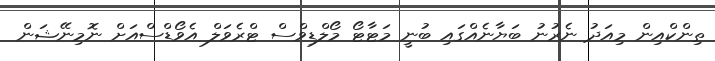
ތިންކްއިން މިއަދު ނެރުނު ބަޔާނެއްގައި ބުނީ މަޓާޓޯ މޯލްޑިވްސް ޓްރެވަލް އެވޯޑްސްއަށް ނޮމިނޭޝަން